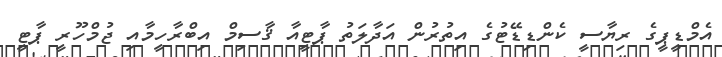
އެމްޑީޕީގެ ރިޔާސީ ކެންޑިޑޭޓުގެ އިތުރުން އަދާލަތު ޕާޓީއާ ޤާސިމް އިބްރާހީމާއި ޖުމްހޫރީ ޕާޓީ